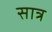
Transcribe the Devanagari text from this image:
सात्र